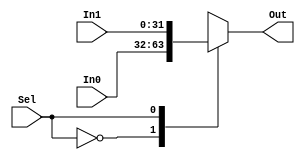
`timescale 1ns / 1ps
//////////////////////////////////////////////////////////////////////////////////
// Company: 
// Engineer: 
// 
// Design Name: 
// Module Name:    MUX 
// Project Name: 
// Target Devices: 
// Tool versions: 
// Description: 
//
// Dependencies: 
//
// Revision: 
// Revision 0.01 - File Created
// Additional Comments: 
//
//////////////////////////////////////////////////////////////////////////////////
module MUX2(In0, In1, Sel, Out);

	parameter DATAWIDTH = 32;
	
	input [DATAWIDTH - 1:0] In0;
   input [DATAWIDTH - 1:0] In1;
   input Sel;
   output reg [DATAWIDTH - 1:0] Out;

	always @ * begin
		case (Sel)
			0: Out = In0;
			1: Out = In1;
		endcase
	end

endmodule

module MUX3(In0, In1, In2, Sel, Out);

	parameter DATAWIDTH = 32;
	
	input [DATAWIDTH - 1:0] In0;
   input [DATAWIDTH - 1:0] In1;
	input [DATAWIDTH - 1:0] In2;
   input [1:0] Sel;
   output reg [DATAWIDTH - 1:0] Out;

	always @ * begin
		case (Sel)
			0: Out = In0;
			1: Out = In1;
			2: Out = In2;
			3: Out = 32'bx;
		endcase
	end

endmodule

module MUX4(In0, In1, In2, In3, Sel, Out);

	parameter DATAWIDTH = 32;
	
	input [DATAWIDTH - 1:0] In0;
   input [DATAWIDTH - 1:0] In1;
	input [DATAWIDTH - 1:0] In2;
	input [DATAWIDTH - 1:0] In3;
   input [1:0] Sel;
   output reg [DATAWIDTH - 1:0] Out;

	always @ * begin
		case (Sel)
			0: Out = In0;
			1: Out = In1;
			2: Out = In2;
			3: Out = In3;
		endcase
	end

endmodule